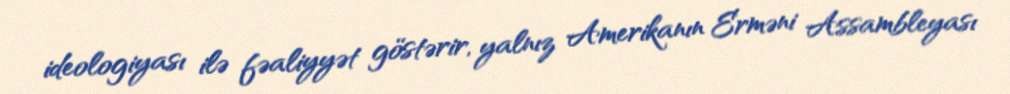
ideologiyası ilə fəaliyyət göstərir, yalnız Amerikanın Erməni Assambleyası